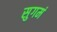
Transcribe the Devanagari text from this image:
सुगमं